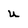
Character: u